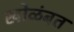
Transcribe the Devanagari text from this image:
खोळंबत